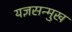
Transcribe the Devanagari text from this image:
यज्ञसन्मुख